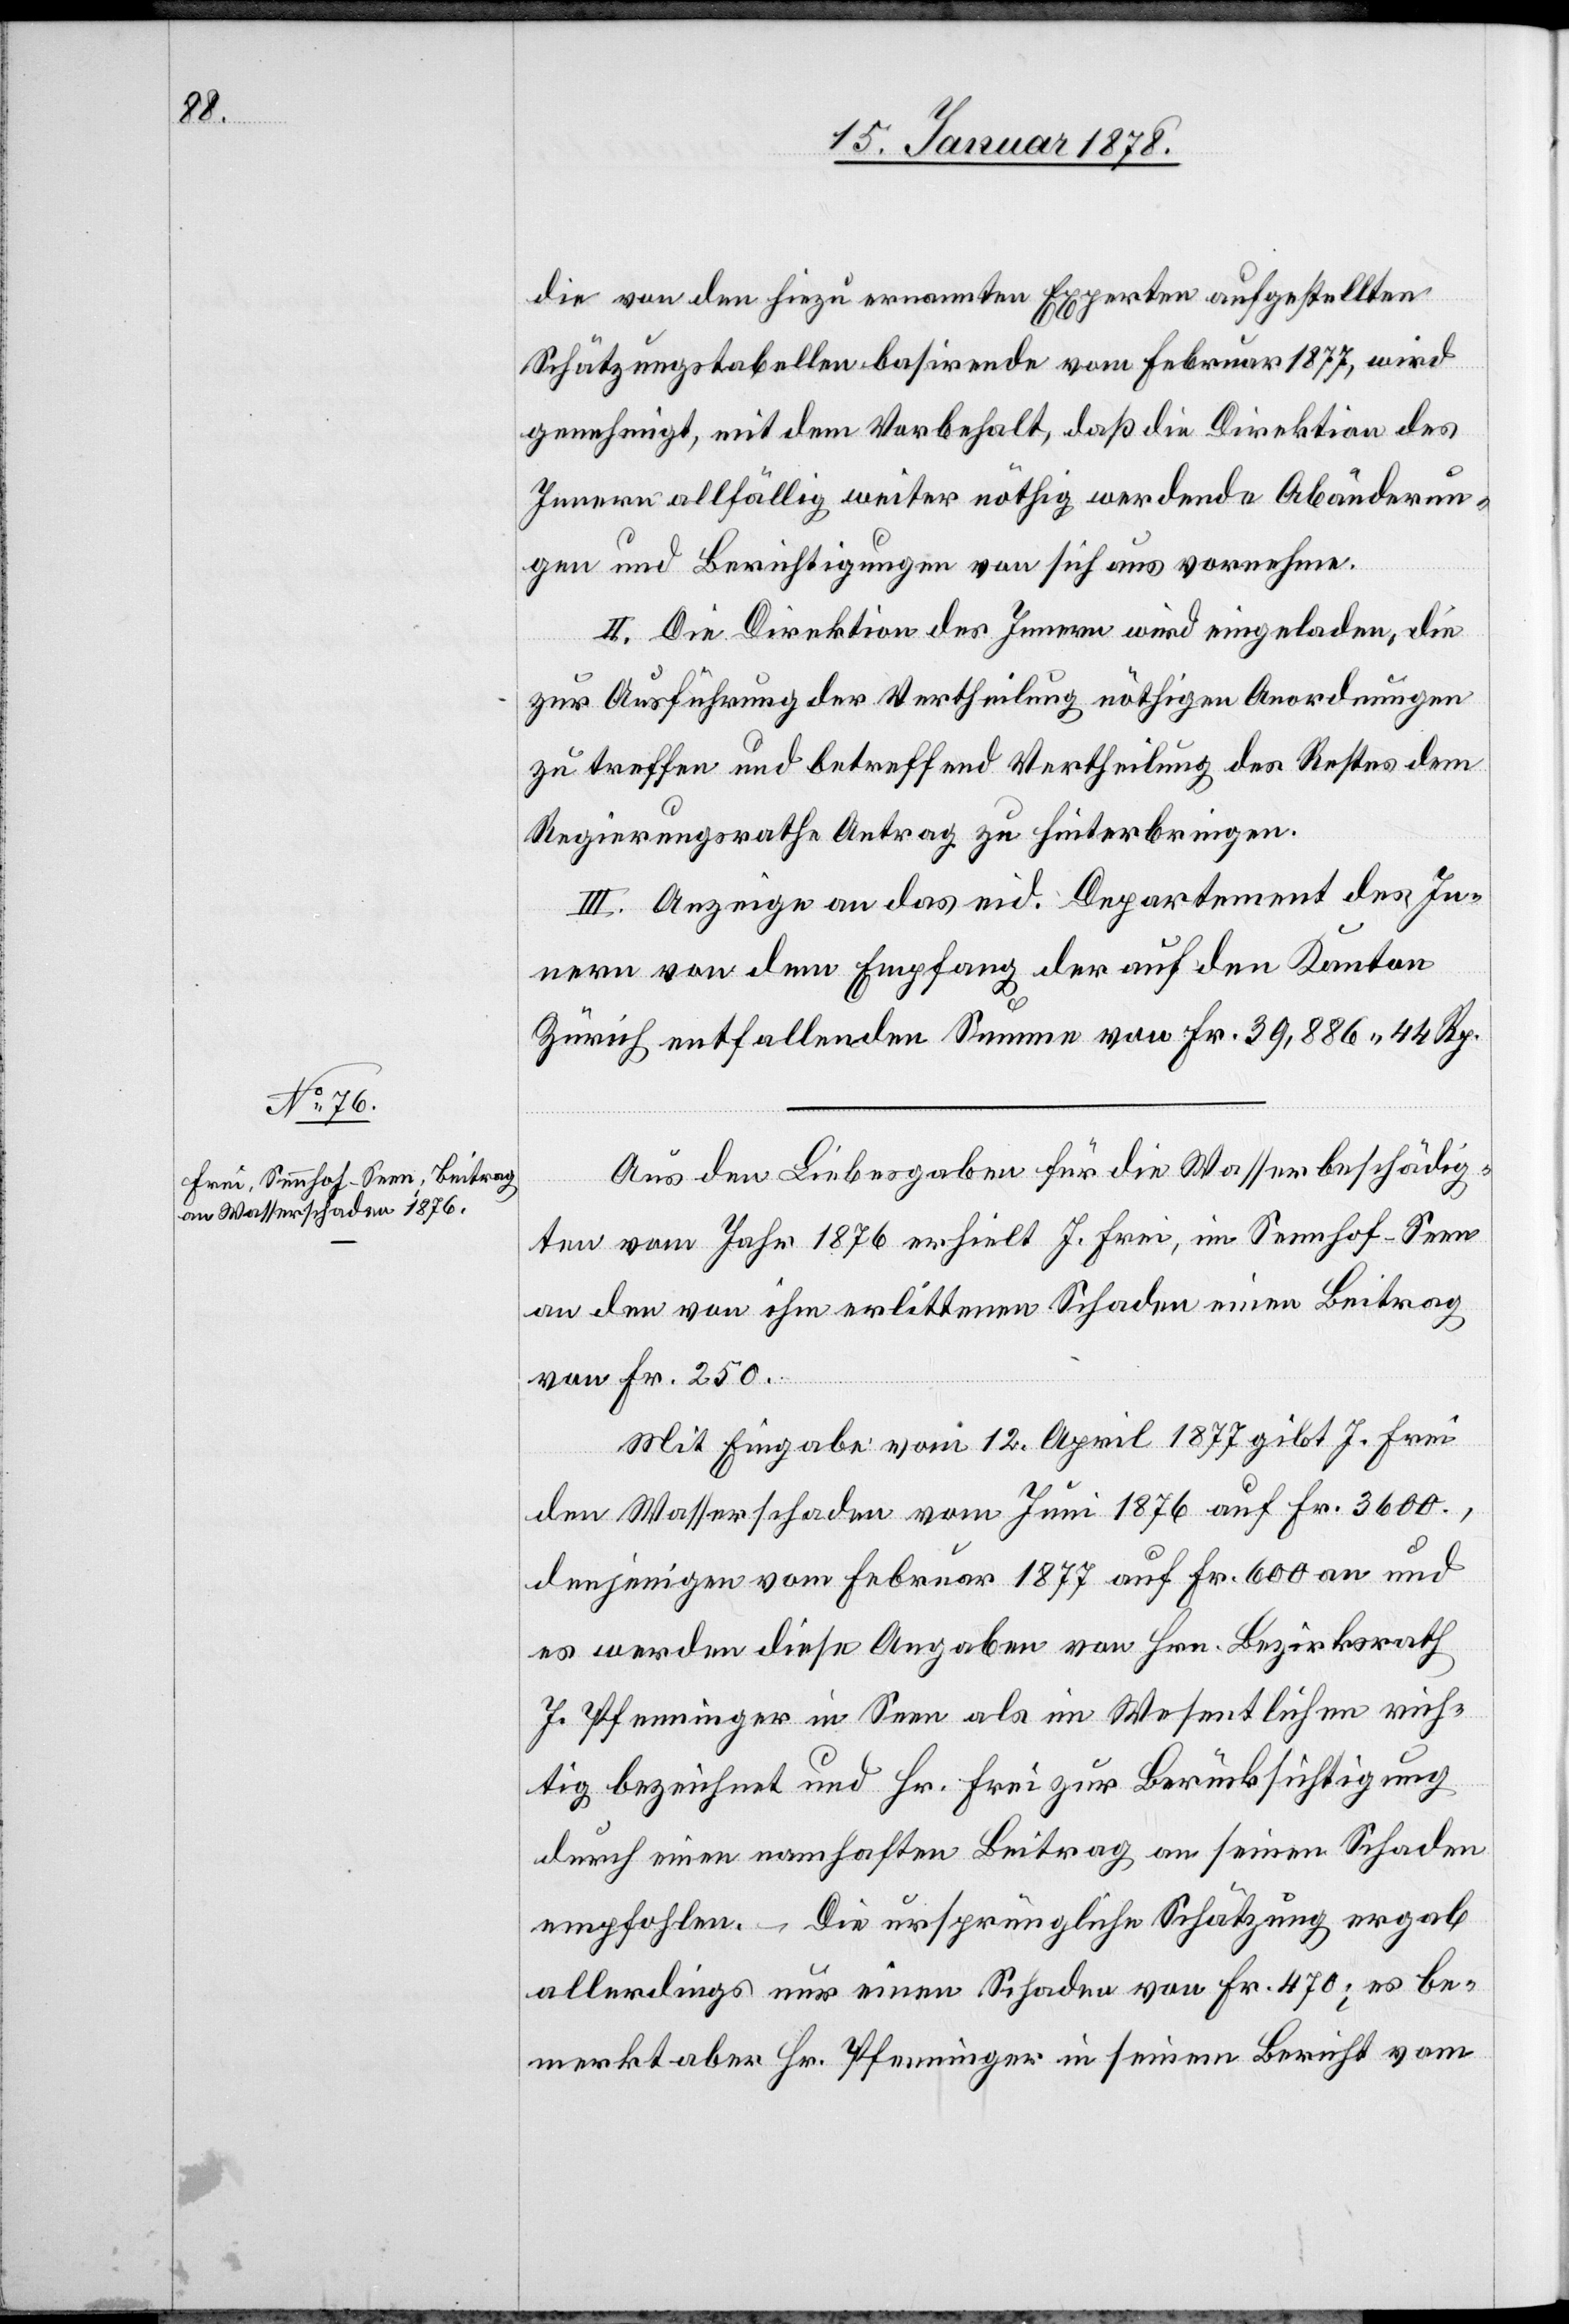
die von den hiezu ernannten Experten aufgestellten
Schätzungstabellen basirende [sic!] vom Februar 1877, wird
genehmigt, mit dem Vorbehalt, daß die Direktion des
Innern allfällig weiter nöthig werdende Abänderun¬
gen und Berichtigungen von sich aus vornehme.
II. Die Direktion des Innern wird eingeladen, die
zur Ausführung der Vertheilung nöthigen Anordnungen
zu treffen und betreffend Vertheilung des Restes dem
Regierungsrathe Antrag zu hinterbringen.
III. Anzeige an das eid. Departement des In¬
nern von dem Empfang der auf den Kanton
Zürich entfallenden Summe von Fr. 39,886 44 Rp.
Aus den Liebesgaben für die Wasserbeschädig¬
ten vom Jahr 1876 erhielt J. Frei, im Sennhof - Seen
an den von ihm erlittenen Schaden einen Beitrag
von Fr. 250.
Mit Eingabe vom 12. April 1877 gibt J. Frei
den Wasserschaden vom Juni 1876 auf Fr. 3600.,
denjenigen vom Februar 1877 auf Fr. 600 an und
es werden diese Angaben von Hrn. Bezirksrath
J. Pfenninger in Seen als im Wesentlichen rich¬
tig bezeichnet und Hr. Frei zur Berücksichtigung
durch einen namhaften Beitrag an seinen Schaden
empfohlen. Die ursprüngliche Schätzung ergab
allerdings nur einen Schaden von Fr. 470; es be¬
merkt aber Hr. Pfenninger in seinem Bericht vom